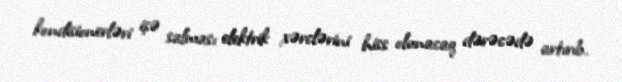
kondisionerləri işə salması elektrik xərclərini hiss olunacaq dərəcədə artırıb.